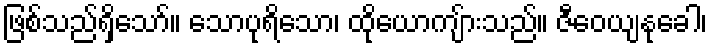
ဖြစ်သည်ရှိသော်။ သောပုရိသော၊ ထိုယောကျ်ားသည်။ ဇီဝေယျနုခေါ၊